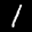
Label: 1